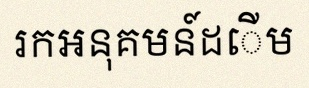
រកអនុគមន៍ដើម